Report on vaccination in Madras 1895-1903 - 1895-1903
Year: 1895
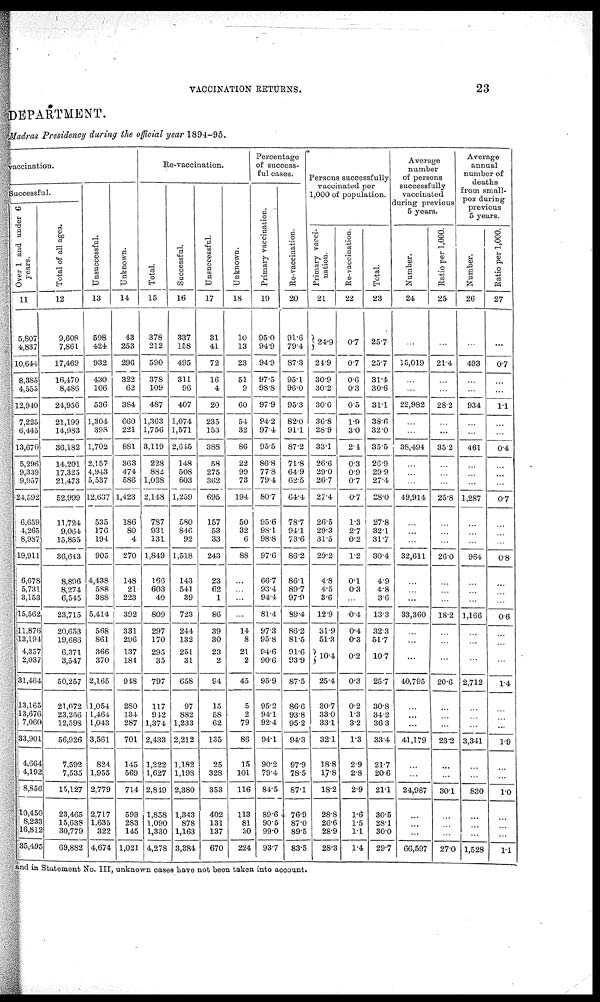
VACCINATION RETURNS.
23
DEPARTMENT.
Madras Presidency during the official year 1894-95.
vaccination.
Successful.
Over 1 and under 6
years.
11
5,807
4,837
10,644
8,385
4,555
12,940
7,225
6,445
13,670
5,296
9,339
9,957
24,592
6,659
4,265
8,987
19,911
6,678
5,731
3,153
15,562
11,876
13,194
4,357
2,037
31,464
13,165
13,676
7,060
33,901
4,664
4,192
8,856
10,450
8,233
16,812
35,495
Total of all ages.
12
9,608
7,861
17,469
16,470
8,486
24,956
21,199
14,983
36,182
14,201
17,325
21,473
52,999
11,724
9,064
15,855
36,643
8,896
8,274
6,545
23,715
20,653
19,686
6,371
3,547
50,257
21,072
23,256
12,598
56,926
7,592
7,535
15,127
23,465
15,638
30,779
69,882
Unsuccessful.
13
508
424
932
430
106
536
1,304
398
1,702
2,157
4,943
5,537
12,637
535
176
194
905
4,438
588
388
5,414
568
861
366
370
2,165
1,054
1,464
1,043
3,561
824
1,955
2,779
2,717
1,635
322
4,674
Unknown.
14
43
253
296
322
62
384
660
221
881
363
474
586
1,423
186
80
4
270
148
21
223
392
331
296
137
184
948
280
134
287
701
145
569
714
593
283
145
1,021
Re-vaccination.
Total.
15
378
212
590
378
109
487
1,363
1,756
3,119
228
882
1,038
2,148
787
931
131
1,849
166
603
40
809
297
170
295
35
797
117
942
1,374
2,433
1,222
1,627
2,849
1,858
1,090
1,330
4,278
Successful.
16
337
158
495
311
96
407
1,074
1,571
2,645
148
508
603
1,259
580
846
92
1,518
143
541
39
723
244
132
251
31
658
97
882
1,233
2,212
1,182
1,198
2,380
1,343
878
1,163
3,384
Unsuccessful.
17
31
41
72
16
4
20
235
153
388
58
275
362
695
157
53
33
243
23
62
1
86
39
30
23
2
94
15
58
62
135
25
328
353
402
131
137
670
Unknown.
18
10
13
23
51
9
60
54
32
86
22
99
73
194
50
32
6
88
...
...
...
...
14
8
21
2
45
5
2
79
86
15
101
116
113
81
30
224
Percentage
of success-
ful cases.
Primary vaccination.
19
95.0
94.9
94.9
97.5
98.8
97.9
94.2
97.4
95.5
86.8
77.8
79.4
80.7
95.6
98.1
98.8
97.6
66.7
93.4
94.4
81.4
97.3
95.8
94.6
90.6
95.9
95.2
94.1
92.4
94.1
90.2
79.4
84.5
89.6
90.5
99.0
93.7
Re-vaccination.
20
91.6
79.4
87.3
95.1
96.0
95.3
82.0
91.1
87.2
71.8
64.9
62.5
64.4
78.7
94.1
73.6
86.2
86.1
89.7
97.9
89.4
86.2
81.5
91.6
93.9
87.5
86.6
93.8
95.2
94.3
97.9
78.5
87.1
76.9
87.0
89.5
83.5
Persons successfully
vaccinated per
1,000 of population.
Primary vacci-
nation.
21
24.9
24.9
30.9
30.2
30.6
36.8
28.9
33.1
26.6
29.0
26.7
27.4
26.5
29.3
31.5
29.2
4.8
4.5
3.6
12.9
31.9
51.3
10.4
25.4
30.7
33.0
33.1
32.1
18.8
17.8
18.2
28.8
26.6
28.9
28.3
Re-vaccination.
22
0.7
0.7
0.6
0.3
0.5
1.9
3.0
2.4
0.3
0.9
0.7
0.7
1.3
2.7
0.2
1.2
0.1
0.3
...
0.4
0.4
0.3
0.2
0.3
0.2
1.3
3.2
1.3
2.9
2.8
2.9
1.6
1.5
1.1
1.4
Total.
23
25.7
25.7
31.4
30.6
31.1
38.6
32.0
35.5
26.9
29.9
27.4
28.0
27.8
32.1
31.7
30.4
4.9
4.8
3.6
13.3
32.3
51.7
10.7
25.7
30.8
34.2
36.3
33.4
21.7
20.6
21.1
30.5
28.1
30.0
29.7
Average
number
of persons
successfully
vaccinated
during previous
5 years.
Number.
24
...
15,019
...
...
22,982
...
...
38,494
...
...
...
49,914
...
...
...
32,611
...
...
...
33,360
...
...
...
40,795
...
...
...
41,179
...
...
24,987
...
...
...
66,597
Ratio per 1,000.
25
...
21.4
...
...
28.2
...
...
35.2
...
...
...
25.8
...
...
...
26.0
...
...
...
18.2
...
...
...
20.6
...
...
...
23.2
...
...
30.1
...
...
...
27.0
Average
annual
number of
deaths
from small-
pox during
previous
5 years.
Number.
26
...
493
...
...
934
...
...
461
...
...
...
1,287
...
...
...
964
...
...
...
1,166
...
...
...
2,712
...
...
...
3,341
...
...
830
...
...
...
1,528
Ratio per 1,000.
27
...
0.7
...
...
1.1
...
...
0.4
...
...
...
0.7
...
...
...
0.8
...
...
...
0.6
...
...
...
1.4
...
...
...
1.9
...
...
1.0
...
...
...
1.1
and in Statement No. III, unknown cases have not been taken into account.